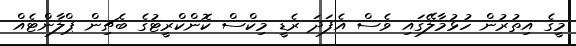
މީގެ އިތުރުން ހުޅުމާލޭގައި ވެސް އެފަދަ ރެޑީ މިކްސް ކޮންކްރީޓުގެ ބެޗިން ޕްލާންޓެއް